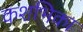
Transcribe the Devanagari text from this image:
कशभिका